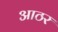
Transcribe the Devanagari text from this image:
आठर